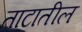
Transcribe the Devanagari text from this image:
ताटातील